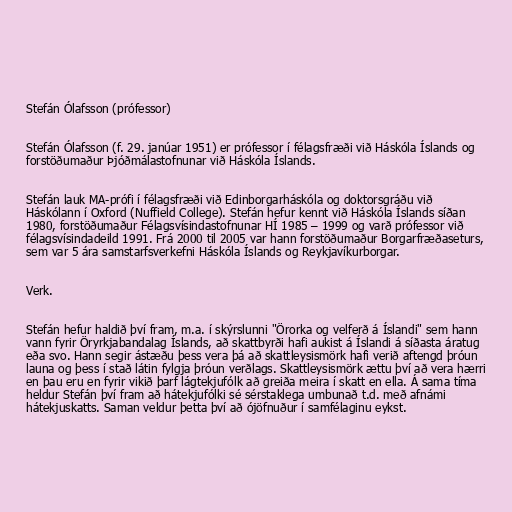
Stefán Ólafsson (prófessor)

Stefán Ólafsson (f. 29. janúar 1951) er prófessor í félagsfræði við Háskóla Íslands og
forstöðumaður Þjóðmálastofnunar við Háskóla Íslands.

Stefán lauk MA-prófi í félagsfræði við Edinborgarháskóla og doktorsgráðu við
Háskólann í Oxford (Nuffield College). Stefán hefur kennt við Háskóla Íslands síðan
1980, forstöðumaður Félagsvísindastofnunar HÍ 1985 – 1999 og varð prófessor við
félagsvísindadeild 1991. Frá 2000 til 2005 var hann forstöðumaður Borgarfræðaseturs,
sem var 5 ára samstarfsverkefni Háskóla Íslands og Reykjavíkurborgar.

Verk.

Stefán hefur haldið því fram, m.a. í skýrslunni "Örorka og velferð á Íslandi" sem hann
vann fyrir Öryrkjabandalag Íslands, að skattbyrði hafi aukist á Íslandi á síðasta áratug
eða svo. Hann segir ástæðu þess vera þá að skattleysismörk hafi verið aftengd þróun
launa og þess í stað látin fylgja þróun verðlags. Skattleysismörk ættu því að vera hærri
en þau eru en fyrir vikið þarf lágtekjufólk að greiða meira í skatt en ella. Á sama tíma
heldur Stefán því fram að hátekjufólki sé sérstaklega umbunað t.d. með afnámi
hátekjuskatts. Saman veldur þetta því að ójöfnuður í samfélaginu eykst.